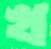
খ